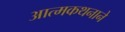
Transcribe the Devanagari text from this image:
आत्मकथनाने